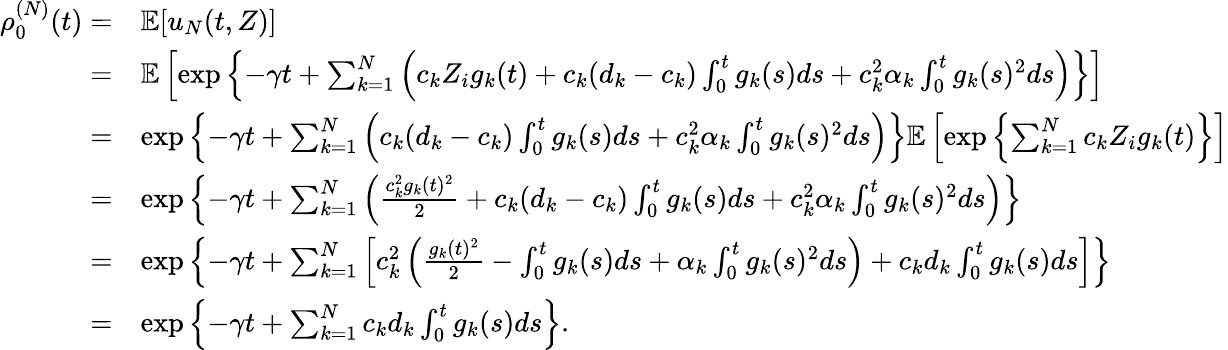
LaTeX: \begin{array}{rl}{\rho_{0}^{(N)}(t)=}&{\mathbb{E}[u_{N}(t,Z)]}\\ {=}&{\mathbb{E}\left[\exp\left\{ -\gamma t+\sum_{k=1}^{N}\left(c_{k}Z_{i}g_{k}(t)+c_{k}(d_{k}-c_{k})\int_{0}^{t}g_{k}(s)ds+c_{k}^{2}\alpha_{k}\int_{0}^{t}g_{k}(s)^{2}ds\right)\right\} \right]}\\ {=}&{\exp\left\{ -\gamma t+\sum_{k=1}^{N}\left(c_{k}(d_{k}-c_{k})\int_{0}^{t}g_{k}(s)ds+c_{k}^{2}\alpha_{k}\int_{0}^{t}g_{k}(s)^{2}ds\right)\right\} \mathbb{E}\left[\exp\left\{ \sum_{k=1}^{N}c_{k}Z_{i}g_{k}(t)\right\} \right]}\\ {=}&{\exp\left\{ -\gamma t+\sum_{k=1}^{N}\left(\frac{c_{k}^{2}g_{k}(t)^{2}}{2}+c_{k}(d_{k}-c_{k})\int_{0}^{t}g_{k}(s)ds+c_{k}^{2}\alpha_{k}\int_{0}^{t}g_{k}(s)^{2}ds\right)\right\} }\\ {=}&{\exp\left\{ -\gamma t+\sum_{k=1}^{N}\left[c_{k}^{2}\left(\frac{g_{k}(t)^{2}}{2}-\int_{0}^{t}g_{k}(s)ds+\alpha_{k}\int_{0}^{t}g_{k}(s)^{2}ds\right)+c_{k}d_{k}\int_{0}^{t}g_{k}(s)ds\right]\right\} }\\ {=}&{\exp\left\{ -\gamma t+\sum_{k=1}^{N}c_{k}d_{k}\int_{0}^{t}g_{k}(s)ds\right\} .}\end{array}